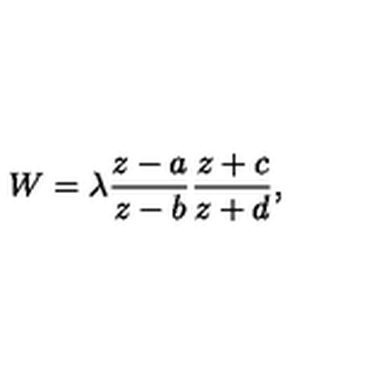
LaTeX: W = \lambda \frac { z - a } { z - b } \frac { z + c } { z + d } ,